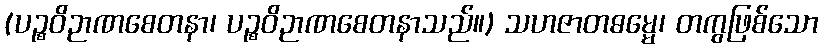
(ပဉ္စဝိဉာဏစေတနာ၊ ပဉ္စဝိဉာဏစေတနာသည်။) သဟဇာတဓမ္မေ၊ တကွဖြစ်သော